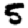
Digit: 5